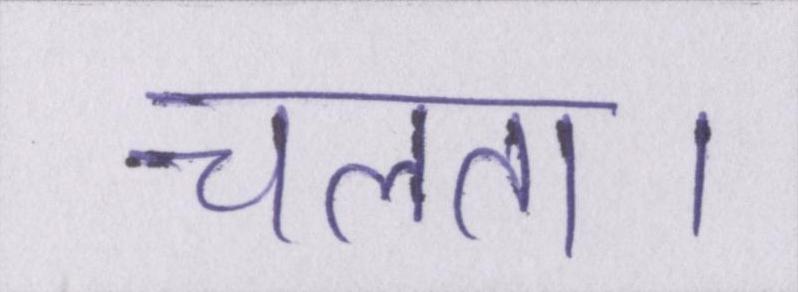
चलता।